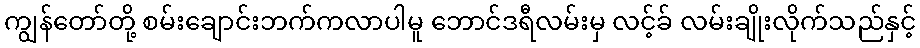
ကျွန်တော်တို့ စမ်းချောင်းဘက်ကလာပါမူ ဘောင်ဒရီလမ်းမှ လင့်ခ် လမ်းချိုးလိုက်သည်နှင့်